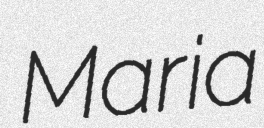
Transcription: Maria